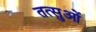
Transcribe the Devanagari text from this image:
तत्सुओं